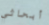
أبحاثي